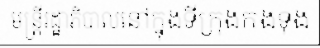
មន្ត្រីរដ្ឋាភិបាលនៅក្នុងទីក្រុងកងទុង